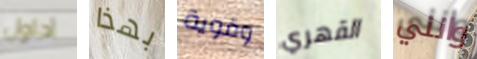
أحاول بهذا وقوية القهري وانني